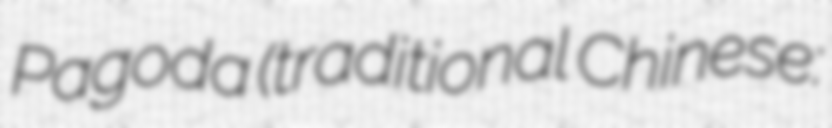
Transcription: Pagoda (traditional Chinese: